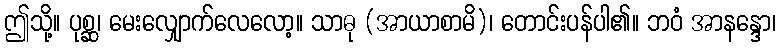
ဤသို့။ ပုစ္ဆ၊ မေးလျှောက်လေလော့။ သာဓု (အာယာစာမိ)၊ တောင်းပန်ပါ၏။ ဘဝံ အာနန္ဒော၊